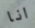
انا